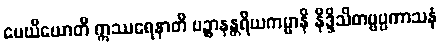
မေဃိယောတိ ဣဿရေနာတိ ပဉ္စာနန္တရိယကမ္မာနိ နိဒ္ဒိသိတဗ္ဗပ္ပကာသနံ